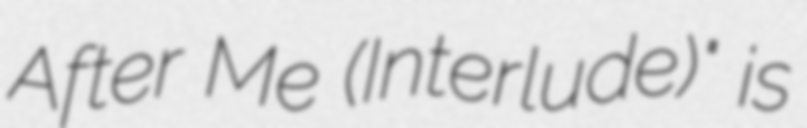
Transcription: After Me (Interlude)" is